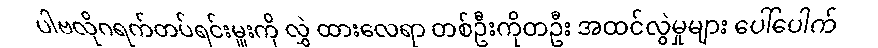
ပါဗလိုဂရက်တပ်ရင်းမှူးကို လွှဲ ထားလေရာ တစ်ဦးကိုတဦး အထင်လွဲမှုများ ပေါ်ပေါက်